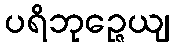
ပရိဘုဉ္ဇေယျ